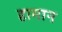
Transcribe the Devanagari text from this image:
हामान